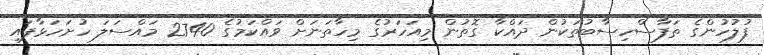
ފުލުހުންގެ ތަފާސްހިސާބުތަކުން ދައްކާ ގޮތުން މިއަހަރުގެ މިހާތަނަށް ވައްކަމުގެ 2740 މައްސަލަ ހުށަހަޅާފައި